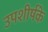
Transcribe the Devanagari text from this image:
उपशीर्षके